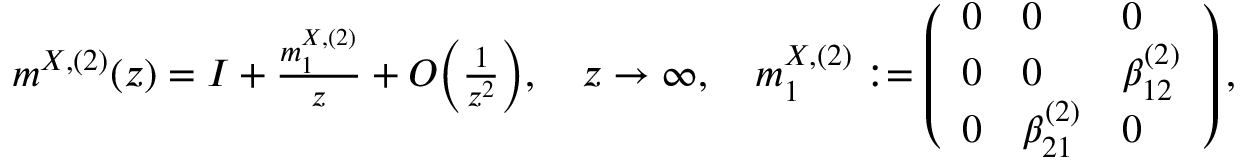
\begin{array} { r } { m ^ { X , ( 2 ) } ( z ) = I + \frac { m _ { 1 } ^ { X , ( 2 ) } } { z } + O \biggl ( \frac { 1 } { z ^ { 2 } } \biggr ) , \quad z \to \infty , \quad m _ { 1 } ^ { X , ( 2 ) } : = \left( \begin{array} { l l l } { 0 } & { 0 } & { 0 } \\ { 0 } & { 0 } & { \beta _ { 1 2 } ^ { ( 2 ) } } \\ { 0 } & { \beta _ { 2 1 } ^ { ( 2 ) } } & { 0 } \end{array} \right) , } \end{array}